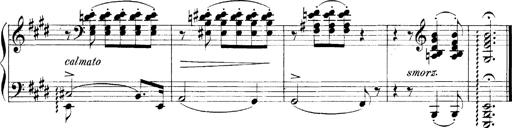
Title: LiebestrÃ¤ume
Composer: Franz Behr
Key: E-flat major